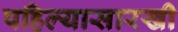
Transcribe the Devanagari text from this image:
पहिल्यासारखी